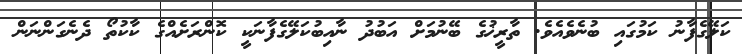
ކަލޭގެފާނު ކަމުގައި ބުނެވެއެވެ. ތާރީޚުގެ ބޭނުމަށް އަބުދު ނާއިބުކަލޭގެފާނަކީ ކޮންރަށެއްގެ ކާކުތޯ ދެނެގަންނަން